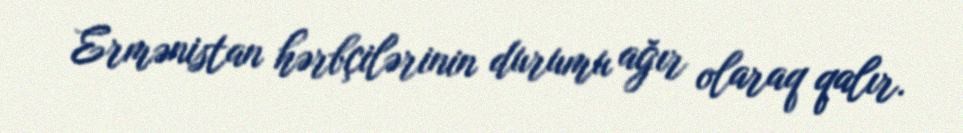
Ermənistan hərbçilərinin durumu ağır olaraq qalır.